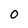
Character: 0